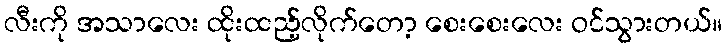
လီးကို အသာလေး ထိုးထည့်လိုက်တော့ စေးစေးလေး ဝင်သွားတယ်။